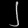
Digit: ၂